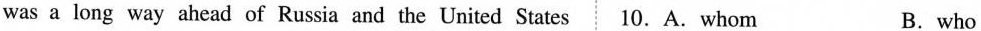
was a long way ahead of Russia and the United States 10. A. whom B. who